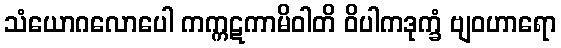
သံယောဂလောပေါ ကက္ကဋကာမိဝါတိ ဝိပါကဒုက္ခံ ဗျဝဟာရော